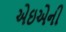
એઇએની